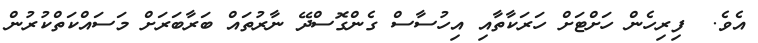
އެވެ.  ފިރިހެން ހަށްޓަށް ހަރަކާތާއި އިހުސާސް ގެންގޮސްދޭ ނާރުތައް ބަރާބަރަށް މަސައްކަތްކުރުން